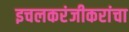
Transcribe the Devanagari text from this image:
इचलकरंजीकरांचा